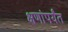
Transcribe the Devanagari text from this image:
क्षणांपर्यंत